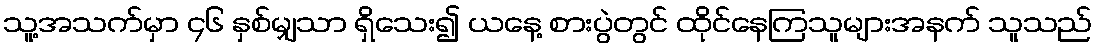
သူ့အသက်မှာ ၄၆ နှစ်မျှသာ ရှိသေး၍ ယနေ့ စားပွဲတွင် ထိုင်နေကြသူများအနက် သူသည်